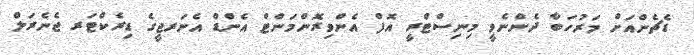
ޑެޗެންއަށް މަރުހަބާ ދެންނެވީ މިނިސްޓްރީ އޮފް އެންވިރޮންމަންޓް އެންޑް އެނަރޖީގެ ޑިރެކްޓަރ ޖެނެރަލް